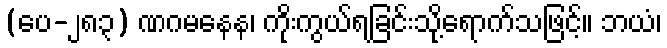
(ပေ-၂၈၃) ဏဂမနေန၊ ကိုးကွယ်ရခြင်းသို့ရောက်သဖြင့်။ ဘယံ၊